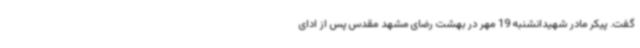
گفت. پیکر مادر شهیدانشنبه 19 مهر در بهشت رضای مشهد مقدس پس از ادای